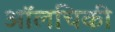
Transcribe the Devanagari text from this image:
ऑलचिकी